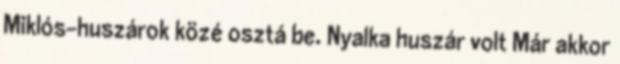
Miklós-huszárok közé osztá be. Nyalka huszár volt Már akkor